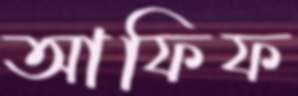
আফিফ